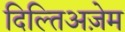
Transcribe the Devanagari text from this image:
दिल्तिअज़ेम